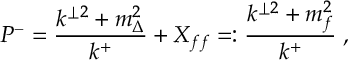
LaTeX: P ^ { - } = \frac { k ^ { \perp 2 } + m _ { \Delta } ^ { 2 } } { k ^ { + } } + X _ { f f } = : \frac { k ^ { \perp 2 } + m _ { f } ^ { 2 } } { k ^ { + } } \; ,